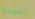
تقوموا